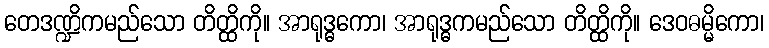
တေဒဏ္ဍိကမည်သော တိတ္ထိကို။ အာရုဒ္ဓကော၊ အာရုဒ္ဓကမည်သော တိတ္ထိကို။ ဒေဝဓမ္မိကော၊